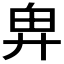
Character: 𢍉